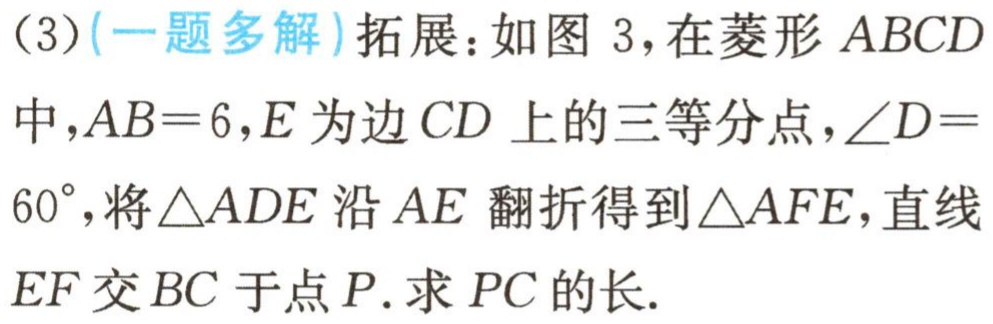
(3)(一题多解)拓展：如图 3，在菱形 \(ABCD\) 中，\(AB = 6\)，\(E\) 为边 \(CD\) 上的三等分点，\(\angle D = 60^{\circ}\)，将 \(\triangle ADE\) 沿 \(AE\) 翻折得到 \(\triangle AFE\)，直线 \(EF\) 交 \(BC\) 于点 \(P\). 求 \(PC\) 的长.